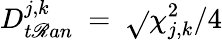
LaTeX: D_{t\mathscr{R}an}^{j,k}~=~\sqrt{}{{\chi_{j,k}^{2}/4}}